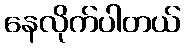
နေလိုက်ပါတယ်